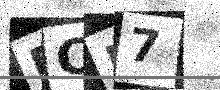
Text: PC57